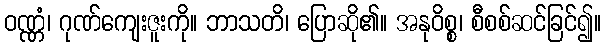
ဝဏ္ဏံ၊ ဂုဏ်ကျေးဇူးကို။ ဘာသတိ၊ ပြောဆို၏။ အနုဝိစ္စ၊ စီစစ်ဆင်ခြင်၍။